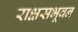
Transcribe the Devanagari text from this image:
राक्षसभूवन